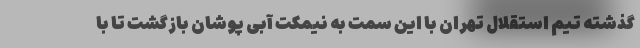
گذشته تیم استقلال تهران با این سمت به نیمکت آبی پوشان بازگشت تا با